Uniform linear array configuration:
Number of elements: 24
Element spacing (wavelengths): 0.25
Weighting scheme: hamming
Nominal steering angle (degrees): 0
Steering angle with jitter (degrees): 1.483
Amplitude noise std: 0.05
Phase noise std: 0.05

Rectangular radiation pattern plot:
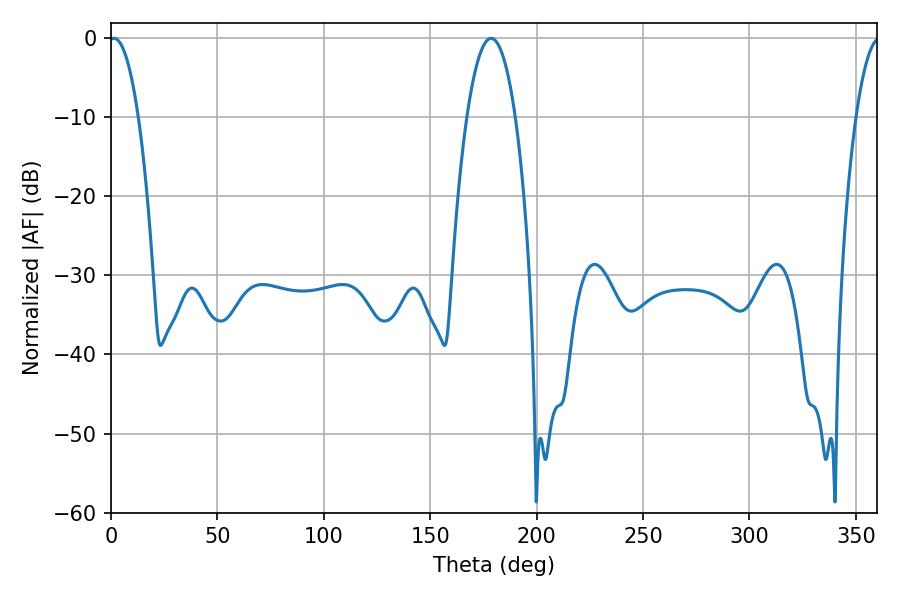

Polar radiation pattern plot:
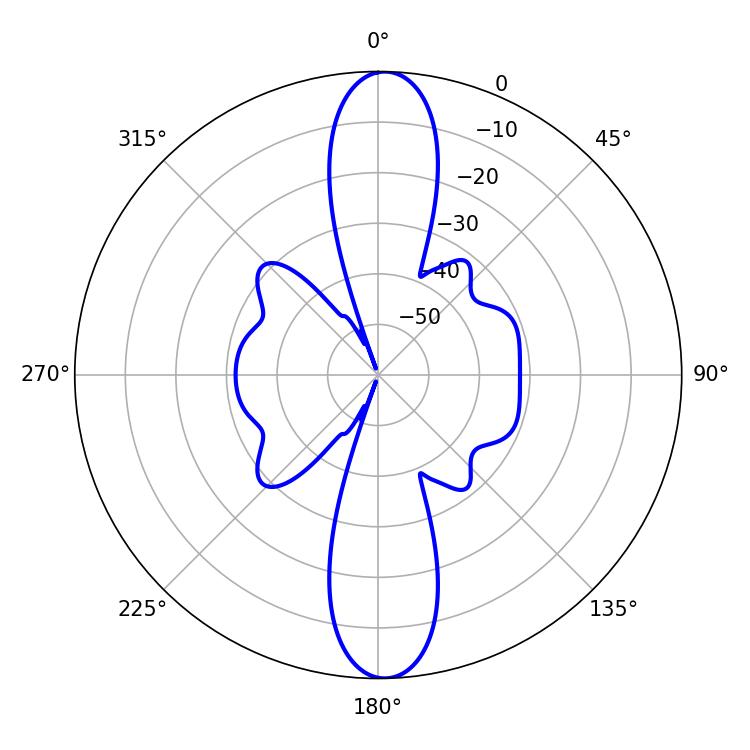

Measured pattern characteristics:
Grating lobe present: FALSE
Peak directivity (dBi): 22.392
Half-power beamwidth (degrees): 7.74
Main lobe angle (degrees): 1.44